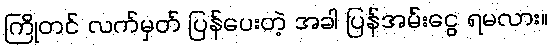
ကြိုတင် လက်မှတ် ပြန်ပေးတဲ့ အခါ ပြန်အမ်းငွေ ရမလား။